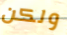
ولكن